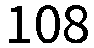
108